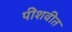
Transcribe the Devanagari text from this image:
पीशवीत